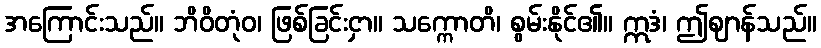
အကြောင်းသည်။ ဘိဝိတုံဝ၊ ဖြစ်ခြင်းငှာ။ သက္ကောတိ၊ စွမ်းနိုင်၏။ ဣဒံ၊ ဤဈာန်သည်။